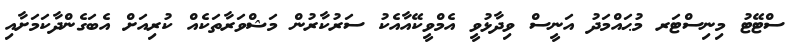
ސްޓޭޓު މިނިސްޓަރ މުޙައްމަދު އަނީސް ވިދާޅުވީ އެމްވީކޭއާއެކު ސަރުކާރުން މަޝްވަރާތަކެއް ކުރިއަށް އެބަގެންދާކަމަށާއި